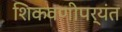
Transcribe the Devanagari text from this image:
शिकवणीपर्यंत